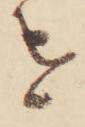
を